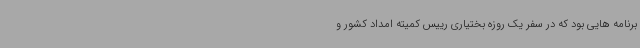
برنامه هایی بود که در سفر یک روزه بختیاری رییس کمیته امداد کشور و